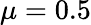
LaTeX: \mu=0.5